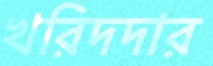
খরিদদার